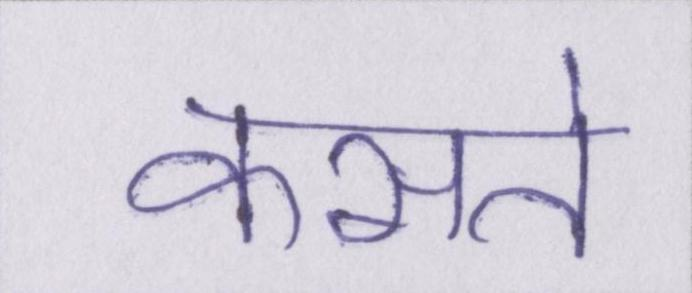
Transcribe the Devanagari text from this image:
कसते